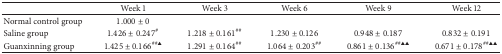
<table><thead><tr><td><b> </b></td><td><b>Week 1</b></td><td><b>Week 3</b></td><td><b>Week 6</b></td><td><b>Week 9</b></td><td><b>Week 12</b></td></tr></thead><tbody><tr><td>Normal control group</td><td>1.000 ± 0</td><td> </td><td> </td><td> </td><td> </td></tr><tr><td>Saline group</td><td>1.426 ± 0.247<sup>#</sup></td><td>1.218 ± 0.161<sup>##</sup></td><td>1.230 ± 0.126</td><td>0.948 ± 0.187</td><td>0.832 ± 0.191</td></tr><tr><td>Guanxinning group</td><td>1.425 ± 0.166<sup>##▲</sup></td><td>1.291 ± 0.164<sup>##</sup></td><td>1.064 ± 0.203<sup>##</sup></td><td>0.861 ± 0.136<sup>##▲▲</sup></td><td>0.671 ± 0.178<sup>##▲▲</sup></td></tr></tbody></table>